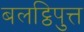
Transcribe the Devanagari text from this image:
बलट्ठिपुत्त